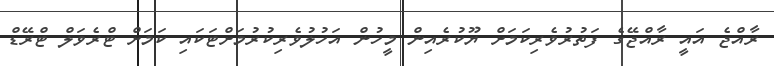
ރާއްޖެ އައީ ރާއްޖޭގެ ފަތުރުވެރިކަމަށް ޔޫކުރެއިން މީހުން އަހުލުވެރިކުރުމަށްޓަކައި ކަމަށް ޓްރެވަލް ޓްރޭޑް